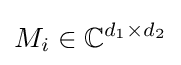
M_{i}\in \mathbb {C} ^{d_{1}\times d_{2}}